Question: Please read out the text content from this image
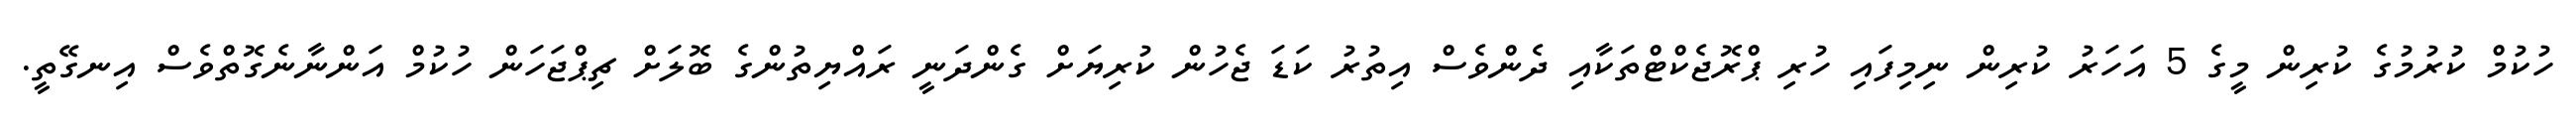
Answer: ހުކުމް ކުރުމުގެ ކުރިން މީގެ 5 އަހަރު ކުރިން ނިމިފައި ހުރި ޕްރޮޖެކްޓްތަކާއި ދެންވެސް އިތުރު ކަޑަ ޖެހުން ކުރިޔަށް ގެންދަނީ ރައްޔިތުންގެ ބޮލަށް ޗިޕްޖަހަން ހުކުމް އަންނާނެގޮތްވެސް އިނގޭތީ.